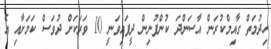
ހިދުމަތް ގާއިމްކުރަން އާސަންދަ ކުންފުނިން ދީފައިވަނީ 10 ވަރަކަށް ދުވަސް ކަމަށާއި އެ